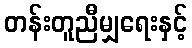
တန်းတူညီမျှရေးနှင့်